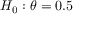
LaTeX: \textstyle H _ { 0 } : \theta = 0 . 5